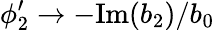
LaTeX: \phi_{2}^{\prime}\rightarrow-\mathrm{Im}(b_{2})/b_{0}